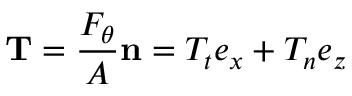
\mathbf { T } = \frac { F _ { \theta } } { A } \mathbf { n } = T _ { t } \boldsymbol { e _ { x } } + T _ { n } \boldsymbol { e _ { z } }